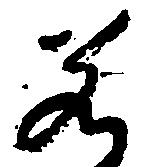
若